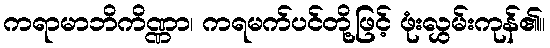
ကရာမာဘိကိဏ္ဏာ၊ ကရမက်ပင်တို့ဖြင့် ဖုံးလွှမ်းကုန်၏။